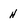
Character: H